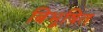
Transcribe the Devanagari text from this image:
बिभूषित